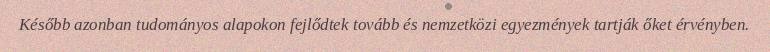
Később azonban tudományos alapokon fejlődtek tovább és nemzetközi egyezmények tartják őket érvényben.